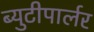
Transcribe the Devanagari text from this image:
ब्युटीपार्लर